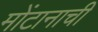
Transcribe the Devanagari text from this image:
मोंटानाची